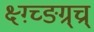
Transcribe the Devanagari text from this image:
क्ष्ग़्च्ङग्र्च्र्